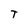
Character: T